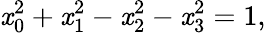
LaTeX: \mathit{x}_{0}^{2}+\mathit{x}_{1}^{2}-\mathit{x}_{2}^{2}-\mathit{x}_{3}^{2}=1,